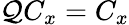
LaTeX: \mathcal{Q}C_{x}=C_{x}